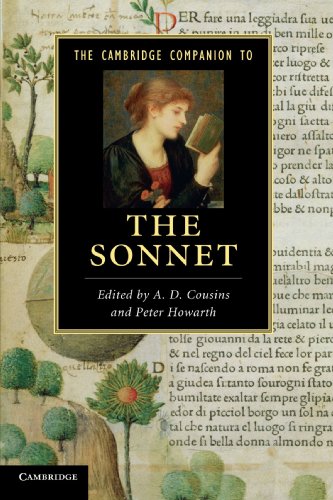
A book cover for The Cambridge Companion to the Sonnet (Cambridge Companions to Literature); Literature & Fiction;